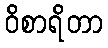
ဝိစာရိတာ